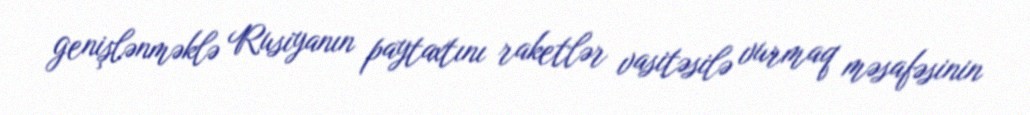
genişlənməklə Rusiyanın paytaxtını raketlər vasitəsilə vurmaq məsafəsinin